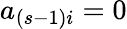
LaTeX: a_{(s-1)i}=0